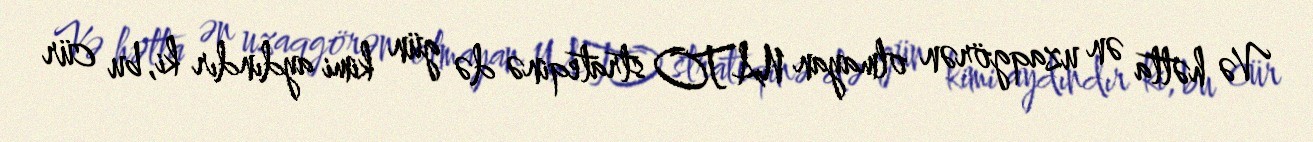
Və hətta ən uzaqgörən olmayan NATO strateqinə də gün kimi aydındır ki, bu cür